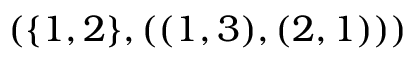
( \{ 1 , 2 \} , ( ( 1 , 3 ) , ( 2 , 1 ) ) )